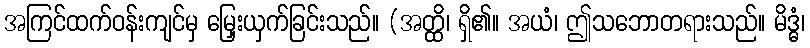
အကြင်ထက်ဝန်းကျင်မှ မြှေးယှက်ခြင်းသည်။ (အတ္ထိ၊ ရှိ၏။ အယံ၊ ဤသဘောတရားသည်။ မိဒ္ဓံ၊